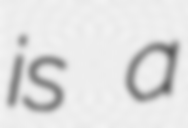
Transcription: is a